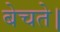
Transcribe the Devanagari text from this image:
बेचते।